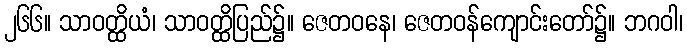
၂၆၆။ သာဝတ္ထိယံ၊ သာဝတ္ထိပြည်၌။ ဇေတဝနေ၊ ဇေတဝန်ကျောင်းတော်၌။ ဘဂဝါ၊